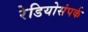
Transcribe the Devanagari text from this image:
रेडियोसंपर्क